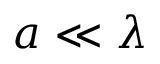
a \ll \lambda